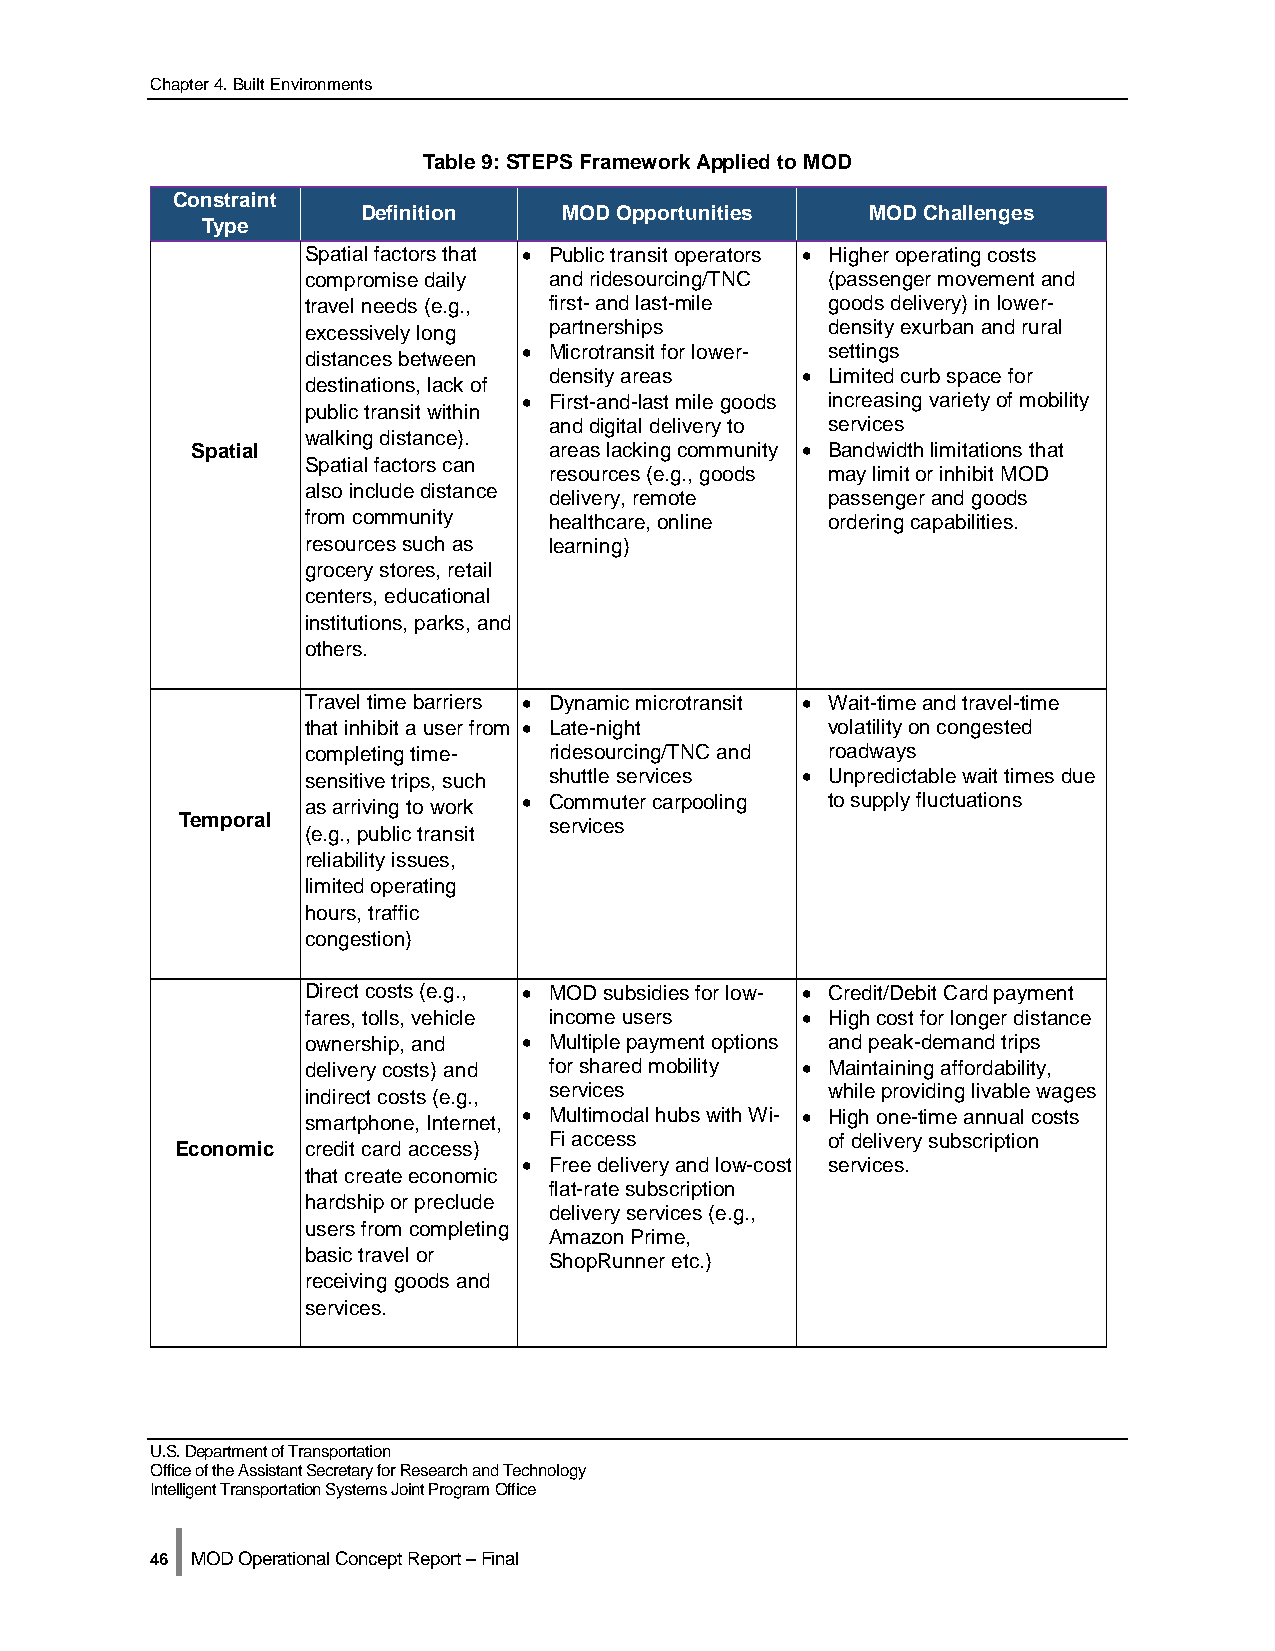
Chapter 4. Built Environments
 Table 9: STEPS Framework Applied to MOD
 Constraint
 Definition   MOD Opportunities    MOD Challenges
 Type
 Spatial factors that • Public transit operators • Higher operating costs
 compromise daily and ridesourcing/TNC (passenger movement and
 travel needs (e.g., first- and last-mile goods delivery) in lower-
 excessively long partnerships      density exurban and rural
 • Microtransit for lower- settings
 distances between
 density areas    • Limited curb space for
 destinations, lack of
 • First-and-last mile goods increasing variety of mobility
 public transit within
 and digital delivery to services
 walking distance).
 Spatial                areas lacking community • Bandwidth limitations that
 Spatial factors can
 resources (e.g., goods may limit or inhibit MOD
 also include distance
 delivery, remote   passenger and goods
 from community  healthcare, online ordering capabilities.
 resources such as learning)
 grocery stores, retail
 centers, educational
 institutions, parks, and
 others.
 Travel time barriers • Dynamic microtransit • Wait-time and travel-time
 that inhibit a user from • Late-night volatility on congested
 completing time- ridesourcing/TNC and roadways
 sensitive trips, such shuttle services • Unpredictable wait times due
 as arriving to work • Commuter carpooling to supply fluctuations
 Temporal                services
 (e.g., public transit
 reliability issues,
 limited operating
 hours, traffic
 congestion)
 Direct costs (e.g., • MOD subsidies for low- • Credit/Debit Card payment
 fares, tolls, vehicle income users • High cost for longer distance
 ownership, and • Multiple payment options and peak-demand trips
 delivery costs) and for shared mobility • Maintaining affordability,
 indirect costs (e.g., services     while providing livable wages
 smartphone, Internet, • Multimodal hubs with Wi- • High one-time annual costs
 Fi access          of delivery subscription
 Economic credit card access)
 • Free delivery and low-cost services.
 that create economic
 flat-rate subscription
 hardship or preclude
 delivery services (e.g.,
 users from completing
 Amazon Prime,
 basic travel or ShopRunner etc.)
 receiving goods and
 services.
 U.S. Department of Transportation
 Office of the Assistant Secretary for Research and Technology
 Intelligent Transportation Systems Joint Program Office
 |
 46 MOD Operational Concept Report – Final